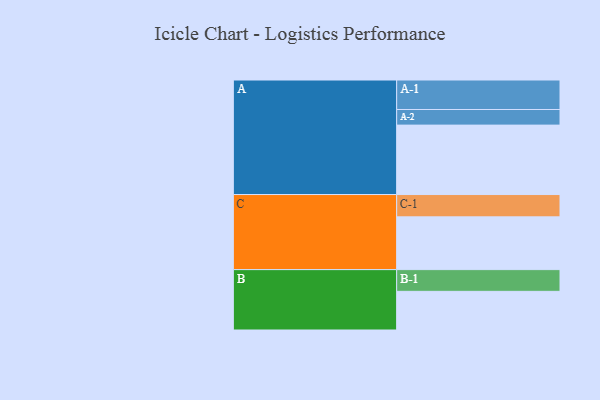
{"axis": {"x": "Segment", "y": "Value"}, "legend": ["", "A", "B", "C"], "data": [{"x": "A", "y": 591, "type": ""}, {"x": "B", "y": 329, "type": ""}, {"x": "C", "y": 449, "type": ""}, {"x": "A-1", "y": 251, "type": "A"}, {"x": "A-2", "y": 133, "type": "A"}, {"x": "B-1", "y": 185, "type": "B"}, {"x": "C-1", "y": 190, "type": "C"}]}